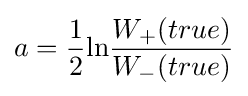
a={\frac {1}{2}}{\textrm {ln}}{\frac {W_{+}(true)}{W_{-}(true)}}